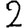
Digit: 2